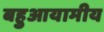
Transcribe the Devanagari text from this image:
बहुआयामीय